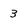
Character: 3